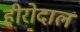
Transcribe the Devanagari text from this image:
हीरोदाल